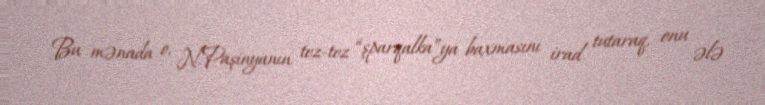
Bu mənada o, N.Paşinyanın tez-tez “şparqalka”ya baxmasını irad tutaraq, onu ələ